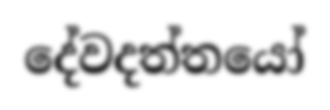
දේවදත්තයෝ